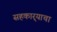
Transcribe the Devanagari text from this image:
सहकार्‍याचा